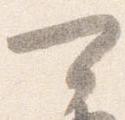
可